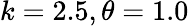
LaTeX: k=2.5,\theta=1.0